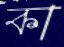
কা